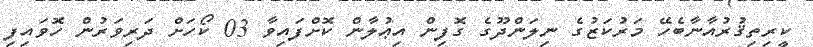
ކީރިތިޤުރުއާނާބެހޭ މަރުކަޒުގެ ނިލަންދޫގެ ގޮފިން އިޢުލާން ކޮށްފައިވާ 03 ކޯހަށް ދަރިވަރުން ހޮވައިފި